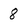
Character: 8